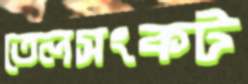
তেলসংকট